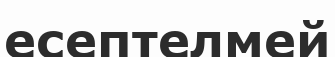
есептелмей